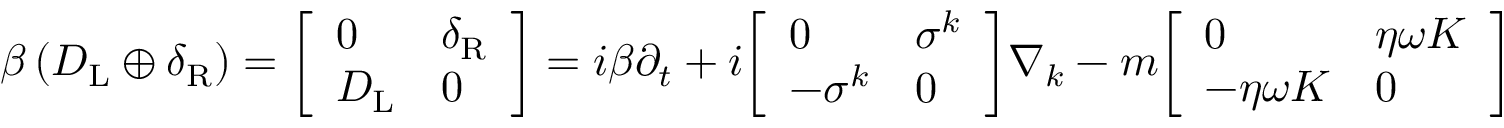
\beta \left( D _ { \mathrm { { L } } } \oplus \delta _ { \mathrm { { R } } } \right) = { \left[ \begin{array} { l l } { 0 } & { \delta _ { \mathrm { { R } } } } \\ { D _ { \mathrm { { L } } } } & { 0 } \end{array} \right] } = i \beta \partial _ { t } + i { \left[ \begin{array} { l l } { 0 } & { \sigma ^ { k } } \\ { - \sigma ^ { k } } & { 0 } \end{array} \right] } \nabla _ { k } - m { \left[ \begin{array} { l l } { 0 } & { \eta \omega K } \\ { - \eta \omega K } & { 0 } \end{array} \right] }